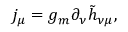
j _ { \mu } = g _ { m } \partial _ { \nu } \tilde { h } _ { \nu \mu } ,